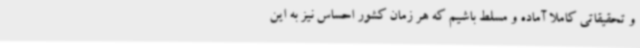
و تحقیقاتی کاملا آماده و مسلط باشیم که هر زمان کشور احساس نیز به این